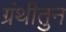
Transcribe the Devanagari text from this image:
ग्रंथीतुन